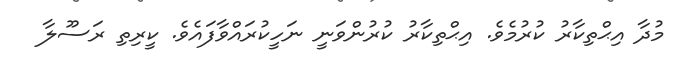
މުދާ އިޙްތިކާރު ކުރުމެވެ. އިޙްތިކާރު ކުރުންވަނީ ނަހީކުރައްވާފައެވެ. ކީރިތި ރަސޫލާ